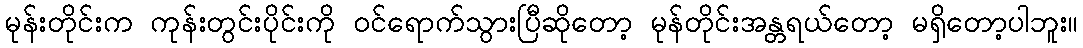
မုန်းတိုင်းက ကုန်းတွင်းပိုင်းကို ဝင်ရောက်သွားပြီဆိုတော့ မုန်တိုင်းအန္တရယ်တော့ မရှိတော့ပါဘူး။